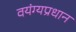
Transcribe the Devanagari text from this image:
वयंग्यप्रधान